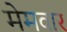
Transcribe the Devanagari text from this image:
मेमवार